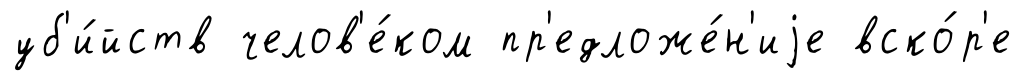
уб'и́йств челов'е́ком пр'едложе́н'иjе вско́р'е